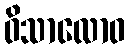
ဝိသာလောဝ